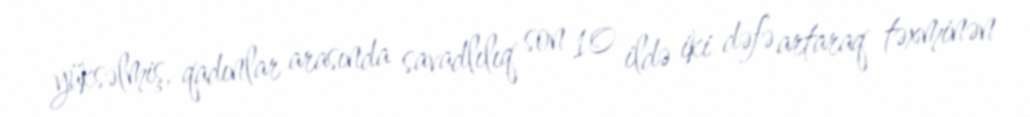
yüksəlmiş, qadınlar arasında savadlılıq son 10 ildə iki dəfə artaraq təxminən